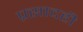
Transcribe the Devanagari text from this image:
प्रसादही